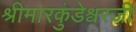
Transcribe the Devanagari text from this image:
श्रीमारकुंडेश्वरजी